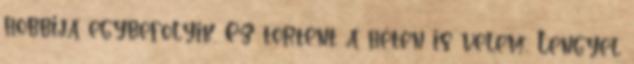
hobbija egybefolyik. Ez történt a héten is velem, Lengyel